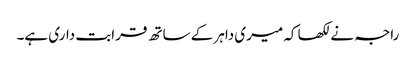
راجہ نے لکھا کہ میری داہر کے ساتھ قرابت داری ہے۔